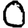
Digit: 0